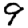
Digit: 9